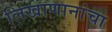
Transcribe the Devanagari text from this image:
लिखाणानांचा